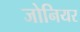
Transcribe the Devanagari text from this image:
जोनियर